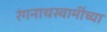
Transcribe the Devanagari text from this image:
रंगनाथस्वामींच्या